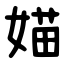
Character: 媌